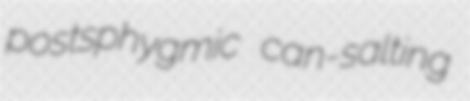
postsphygmic can-salting